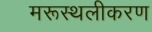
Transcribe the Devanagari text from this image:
मरूस्थलीकरण